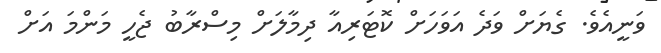
ވަނީއެވެ. ގެޔަށް ވަދެ އަވަހަށް ކޮޓަރިއާ ދިމާލަށް މިސްރާބު ޖެހީ މަންމަ އަށް